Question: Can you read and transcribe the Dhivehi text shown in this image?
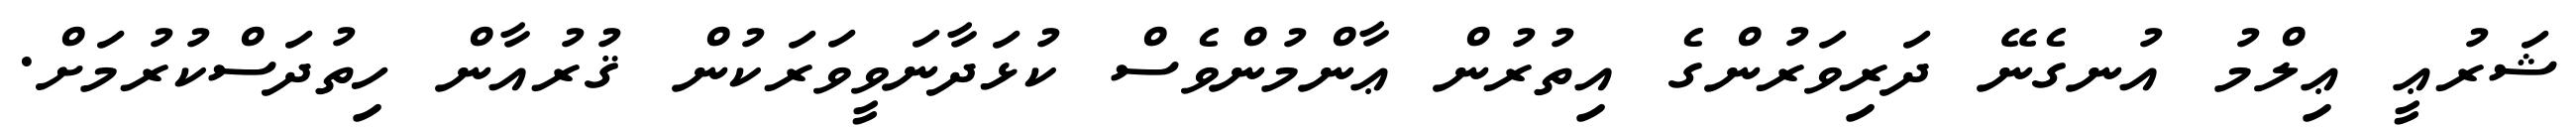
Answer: ޝަރުޢީ ޢިލްމު އުނގެނޭ ދަރިވަރުންގެ އިތުރުން ޢާންމުންވެސް ކުޅަދާނަވީވަރަކުން ޤުރުއާން ހިތުދަސްކުރުމަށް.